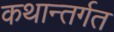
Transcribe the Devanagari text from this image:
कथान्तर्गत